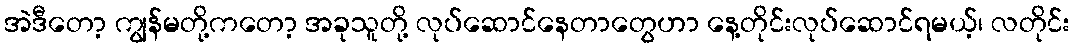
အဲဒီတော့ ကျွန်မတို့ကတော့ အခုသူတို့ လုပ်ဆောင်နေတာတွေဟာ နေ့တိုင်းလုပ်ဆောင်ရမယ့်၊ လတိုင်း